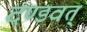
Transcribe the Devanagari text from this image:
दण्डवत्‌